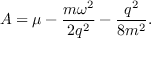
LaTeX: A = \mu - \frac { m \omega ^ { 2 } } { 2 q ^ { 2 } } - \frac { q ^ { 2 } } { 8 m ^ { 2 } } .